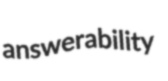
answerability